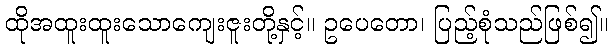
ထိုအထူးထူးသောကျေးဇူးတို့နှင့်။ ဥပေတော၊ ပြည့်စုံသည်ဖြစ်၍။